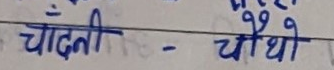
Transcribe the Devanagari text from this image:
चाँदनी - चौथी